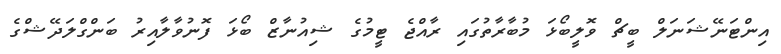
އިންޓަނޭޝަނަލް ބީޗް ވޮލީބޯޅަ މުބާރާތުގައި ރާއްޖެ ޓީމުގެ ޝިއުނާޒް ބޯޅަ ފޮނުވާލާއިރު ބަންގްލަދޭޝްގެ